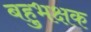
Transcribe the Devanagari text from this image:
बहुभक्षक